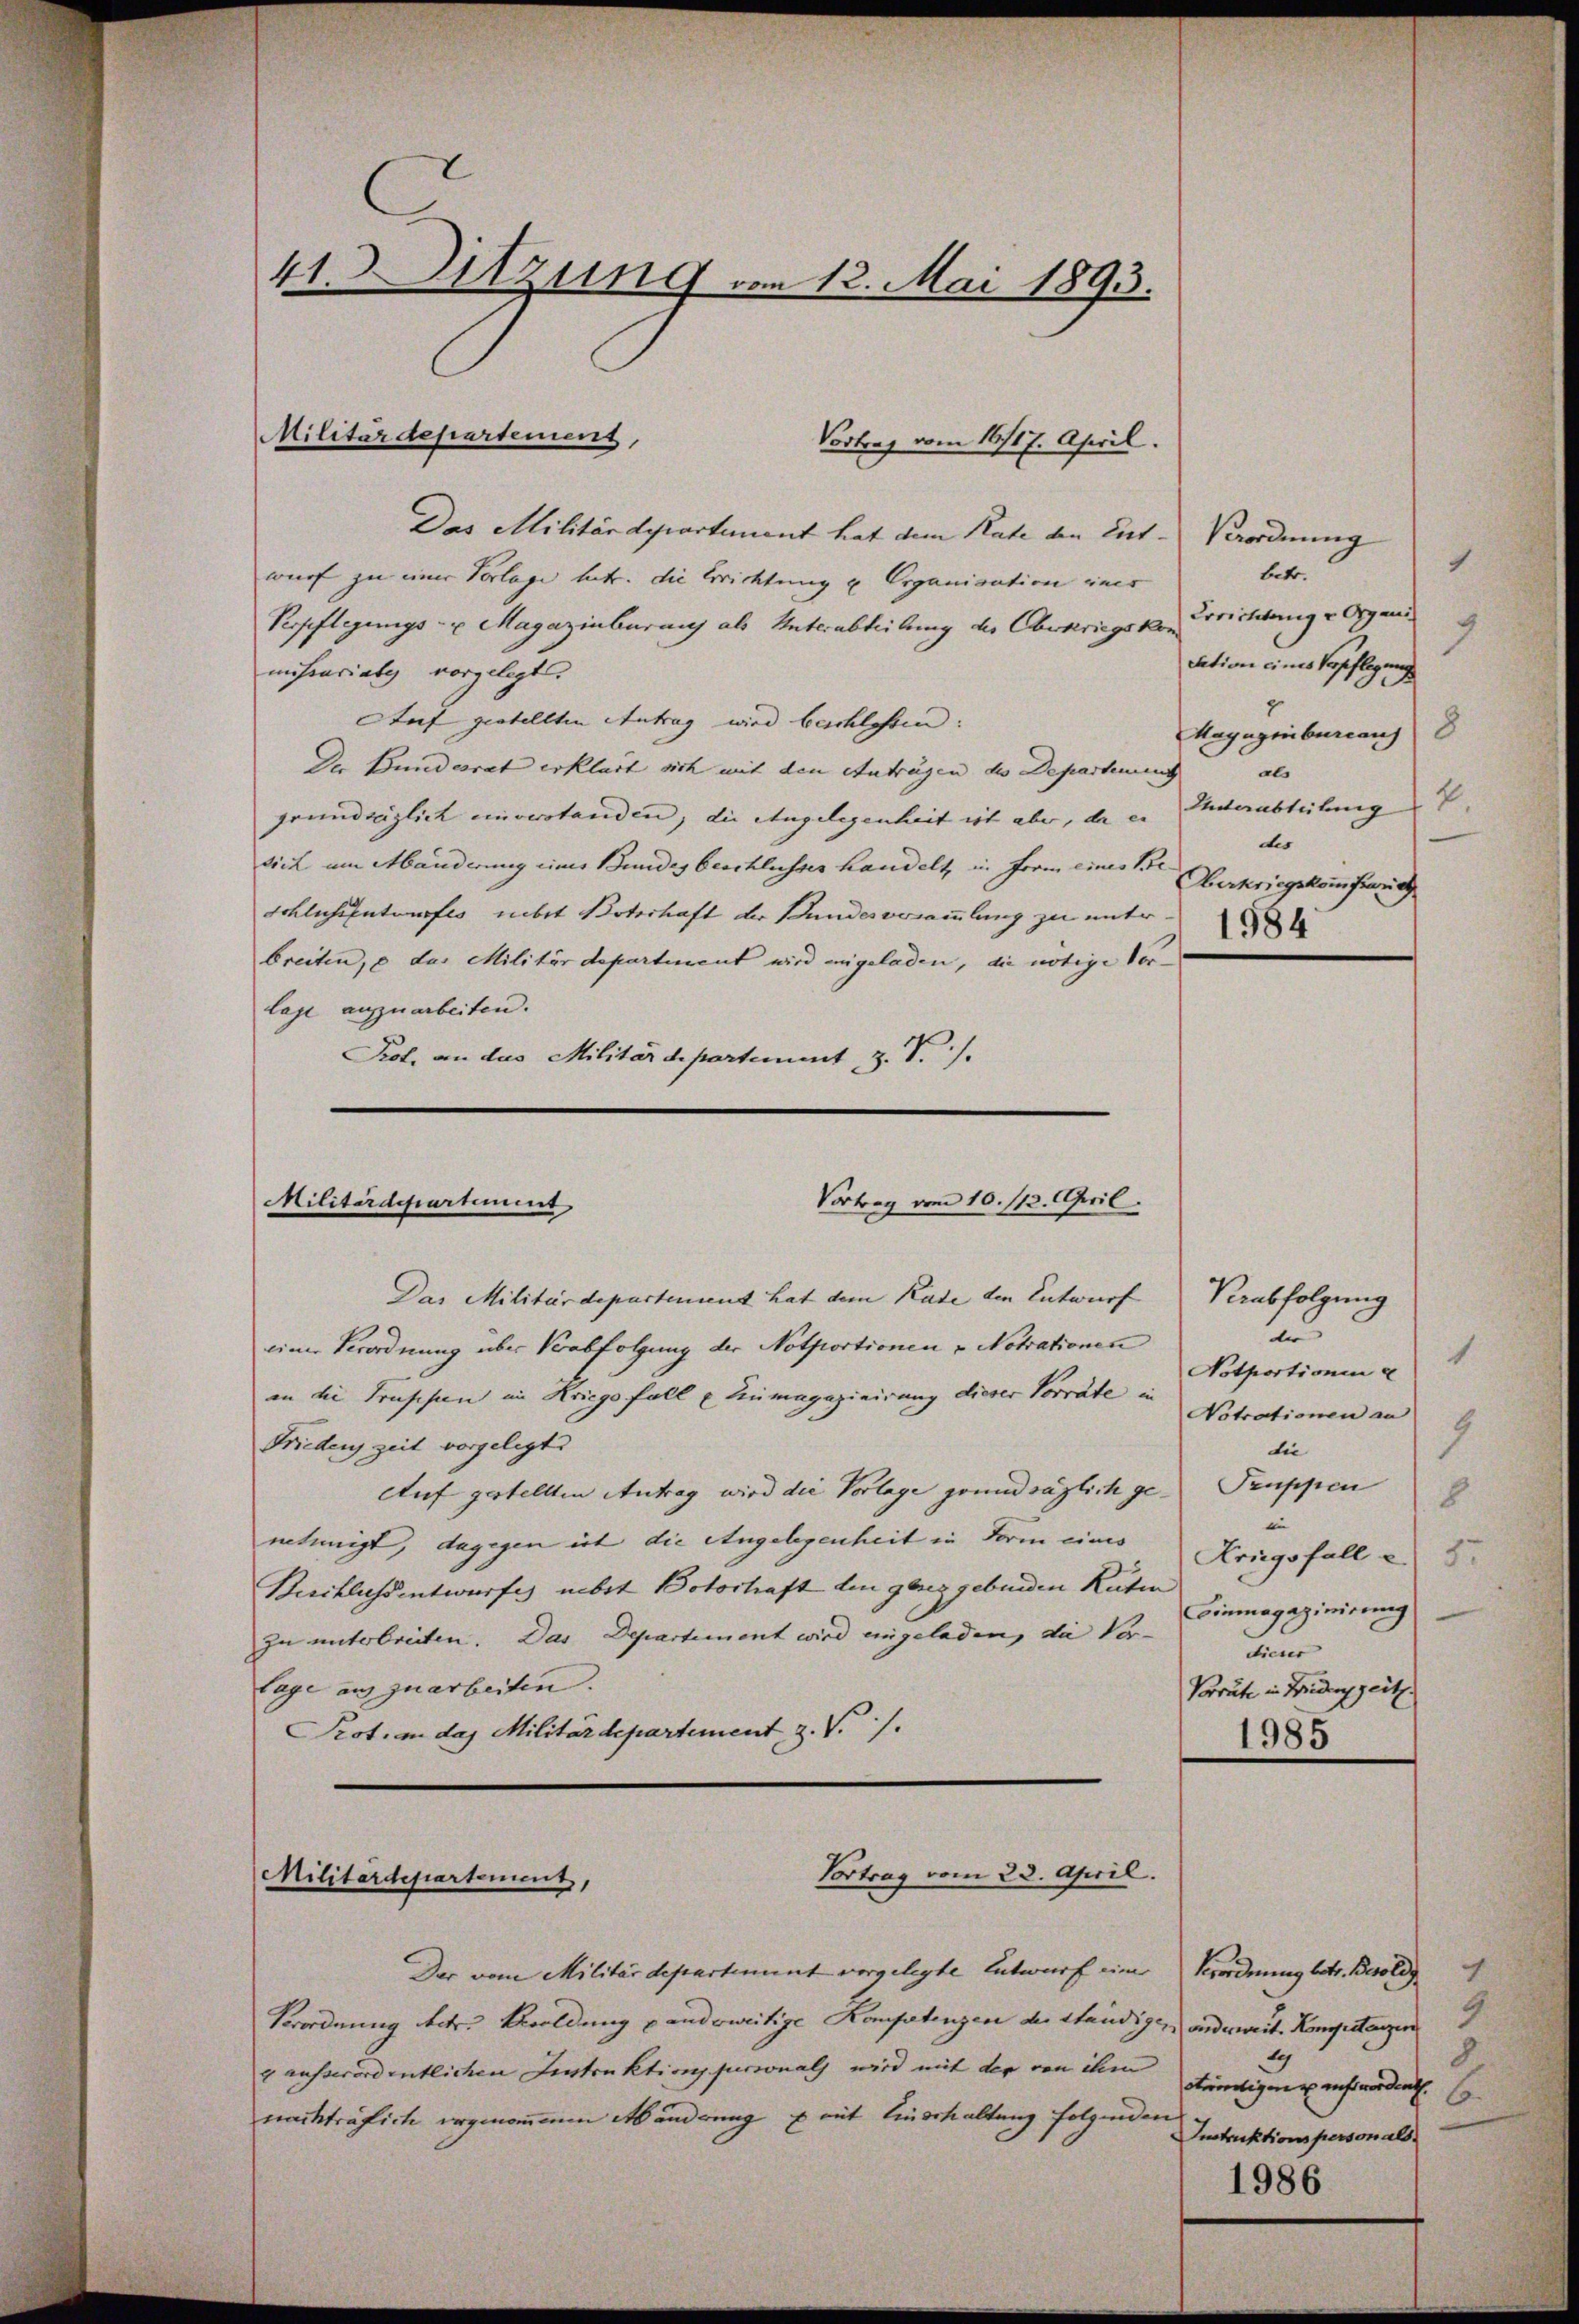
41. Sitzung von 13. Mai 1893.

Das Militärdepartement hat dem Rate den Ent-Verordnung
wurf zu einer Vorlage betr. die Errichtung u. Organisation ines
Verpflegungs- u Magazinburauf als Unterabteilung des Oberkriegskon
nihearielig vorgelegt.
Auf gestellten Antrag wird beschlossen:
Ragugenbureaus
Der Bundesrat erklärt sich mit den Antragen des Departenung
als
grundräglich einverstanden, die Angelegenheit ist aber, da es Unterabteilung
des
sich um Abänderung eines Bundes beschlusser handelt, in Frau eines Be
Oberkriegskonferrich
Eckliche Entwurfes nebst Boterhaft der Bundesversammlung zu unter
breiten, e das Militärdepartement wird angeladen, die nötige Vor-
lage anzuarbeiten.
Pot, an das Militärdepartement, z. T.).

Militärdepartement,

Militärdepartiment

Vortrag vom 16/17. April.

Vortrag vom 10. 113. April.

Vortrag vom 23. April.
Militärdepartement,

Der vom Militärdepartement vorgelegte Entwurf einer
Verordnung betr. Bildung pandoweitige Kompetenzen der Ständige, und mit. Kompetenzin
4 ausserordentlichen Einstruktion furionals wird mit der von ihm
nackträflich ergenommene Abänderung mit Einschaltung folgenden

betr.

Errichtung v. Organi
cation eines Verpflegung

Reabfolgung
u
1
Notportionen
Notrationen an
9
die
8
22
Einmagazinirung
dieser
Vorräte in Friedenszeit

1986

Das Militärdepartement hat dem Rade den Entwurf
einer Verordnung über Verabfolgung der Notportionen & Notrationen
in die Frischen im Kriegs fall einmagazinirung dieser Vorräte in
Friedens zeit vorgelegt
Auf gestellten Antrag wird die Vorlage grundsäglich ge- Truppen
intunigt, dagegen ist die Angelegenheit in Form eines Kriegsfall e
Buchlichsentwurfes nebst Botoshaft den ganz gebenden Räten
zu unterbreiten. Das Departement wird eingeladen, die Vor-
lage aus zuarbeiten.
Prot. in das Militärdepartement, z. V. /.
1985

1
9

Koordnung betr. Besold
c
9.
4
8
eteiligen auft wordent.
6.
Instruktionspersonals.